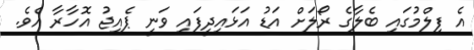
އެ ފިލްމުގައި ބެލާގެ ރޯލަށް އަޑު އަޅައިދީފައި ވަނީ ޕެއިޖު އޮހާރާ އެވެ.